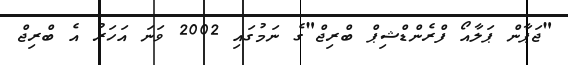
"ޖަޕާން ޕަލާއޯ ފްރެންޑްޝިޕް ބްރިޖް"ގެ ނަމުގައި 2002 ވަނަ އަހަރު އެ ބްރިޖް